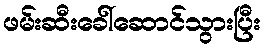
ဖမ်းဆီးခေါ်ဆောင်သွားပြီး